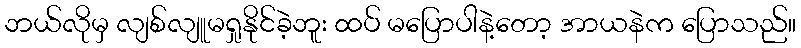
ဘယ်လိုမှ လျစ်လျူမရှုနိုင်ခဲ့ဘူး ထပ် မပြောပါနဲ့တော့ အာယနဲက ပြောသည်။